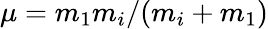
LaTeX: \mu=m_{1}m_{i}/(m_{i}+m_{1})